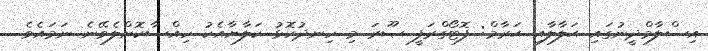
އިސްލާމްދީނުގައި ޙަލާލާއި ޙަރާމް: ފޮޓޯގްރަފީ ޞޫރަ މި ހިނދުކޮޅު ކަލާޔާއެކު ހިއްސާކޮށްލެވޭނެ ނަމައެވެ.